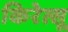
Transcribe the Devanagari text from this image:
किरेत्सू